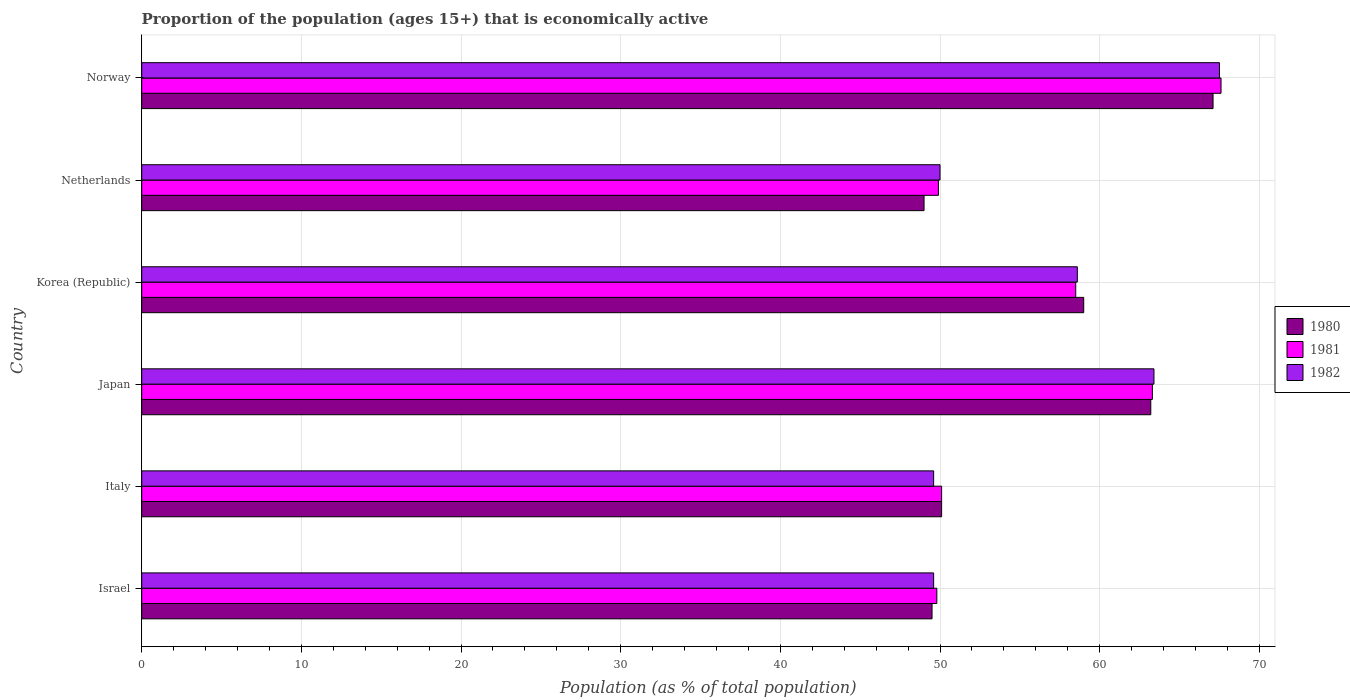
| Country | 1980 | 1981 | 1982 |
 | --- | --- | --- | --- |
 | Israel | 49.5 | 49.8 | 49.6 |
 | Italy | 50.1 | 50.1 | 49.6 |
 | Japan | 63.2 | 63.3 | 63.4 |
 | Korea (Republic) | 59 | 58.5 | 58.6 |
 | Netherlands | 49 | 49.9 | 50 |
 | Norway | 67.1 | 67.6 | 67.5 |